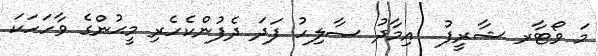
މަ ވޯޓާރ ޝާރީފު  އިމާދު ޞާލިހު ފަދަ ދެފުންކެހެރި މީޙުންގެ ވާހަހަކަ